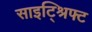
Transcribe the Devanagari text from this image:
साइट्श्रिफ्ट